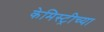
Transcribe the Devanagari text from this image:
केमिस्ट्रीच्या